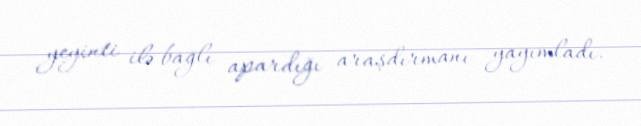
yeyinti ilə bağlı apardığı araşdırmanı yayımladı.